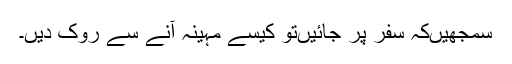
سمجھیں‌کہ سفر پر جائیں‌تو کیسے مہینہ آنے سے روک دیں۔